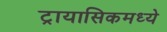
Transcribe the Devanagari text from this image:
ट्रायासिकमध्ये